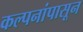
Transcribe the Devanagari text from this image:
कल्पनांपासून